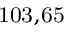
^ \mathrm { 1 0 3 , 6 5 }